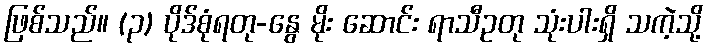
ဖြစ်သည်။ (၃) ပိုဒ်စုံရတု-နွေ မိုး ဆောင်း ရာသီဥတု သုံးပါးရှိ သကဲ့သို့